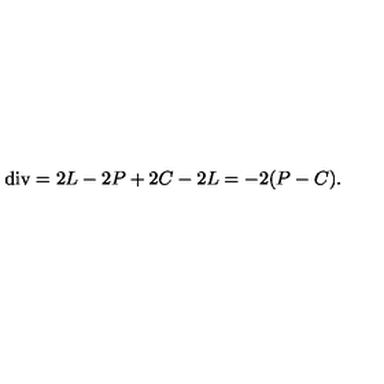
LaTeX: \mathrm { d i v } = 2 L - 2 P + 2 C - 2 L = - 2 ( P - C ) .